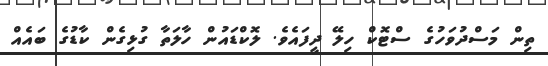
ތިން މަސްދުވަހުގެ ސްޓޮކް ހިލޭ ދީފައެވެ. ލޮކްޑައުން ހާލަތާ ގުޅިގެން ކާޑުގެ ބައެއް